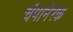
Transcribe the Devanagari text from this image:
चंपानेरक